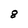
Character: 8